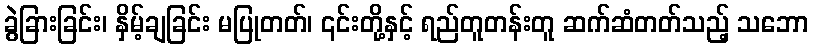
ခွဲခြားခြင်း၊ နှိမ့်ချခြင်း မပြုတတ်၊ ၎င်းတို့နှင့် ရည်တူတန်းတူ ဆက်ဆံတတ်သည့် သဘော